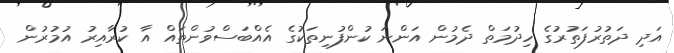
އަދި ދަތުރުފަތުރުގެ ހިދުމަތް ދެމުން އަންނަ ކުންފުނިތަކުގެ އެއްބަސްވުންތައް އާ ކުރާއިރު އުމުރުން